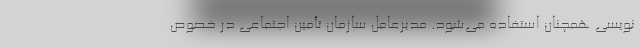
نویسی همچنان استفاده می‌شود. مدیرعامل سازمان تأمین اجتماعی در خصوص